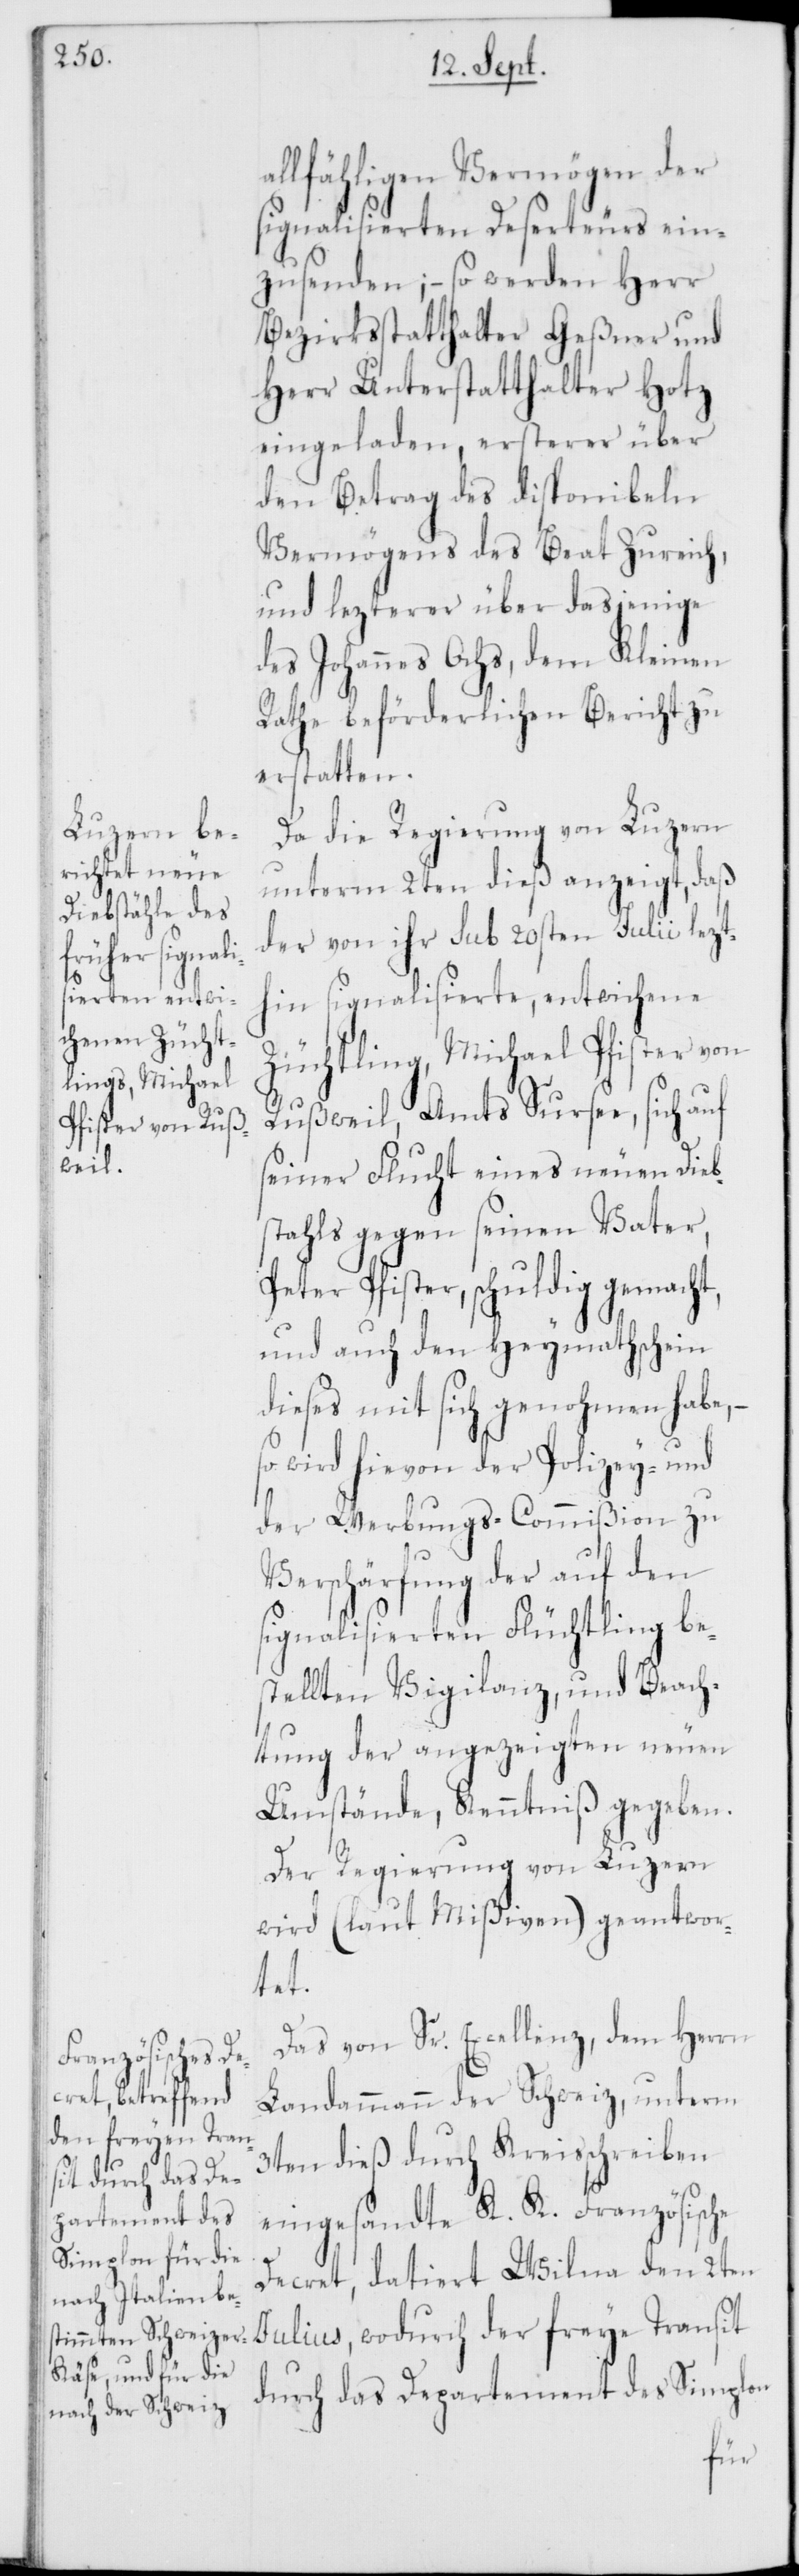
lfähligen Vermögen der
signalisierten Deserteurs ein¬
zusenden; – so werden Herr
Bezirksstatthalter Geßner und
Herr Unterstatthalter Hotz
eingeladen, ersterer über
den Betrag des disponibeln
Vermögens des Beat Zureich,
und lezterer über dasjenige
des Johannes Ochs, dem Kleinen
Rathe beförderlichen Bericht zu
erstatten.
Da die Regierung von Luzern
unterm 2ten dieß anzeigt, daß
der von ihr sub 20sten Julii lezt¬
hin signalisierte, entwichene
Züchtling, Michael Pfister von
Rußwil, Amts Sursee, sich auf
seiner Flucht eines neuen Dieb¬
stahls gegen seinen Vater,
Peter Pfister, schuldig gemacht,
und auch den Heymathschein
dieses mit sich genohmen habe,
so wird hievon der Polizey- und
der Werbungs-Commißion zu
Verschärfung der auf den
signalisierten Flüchtling be¬
stellten Vigilanz, und Beach¬
tung der angezeigten neuen
Umstände, Kenntniß gegeben.
Der Regierung von Luzern
wird (laut Mißiven) geantwor¬
tet.
Das von Sr. Excellenz, dem Herrn
Landammann der Schweiz, unterm
3ten dieß durch Kreisschreiben
eingesandte K. K. Französische
Decret, datiert Wilna den 2ten
Julius, wodurch der freye Transit
durch das Departement des Simplon